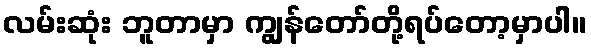
လမ်းဆုံး ဘူတာမှာ ကျွန်တော်တို့ရပ်တော့မှာပါ။